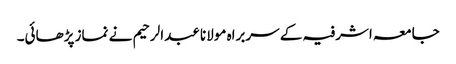
جامعہ اشرفیہ کے سربراہ مولانا عبدالرحیم نے نماز پڑھائی۔